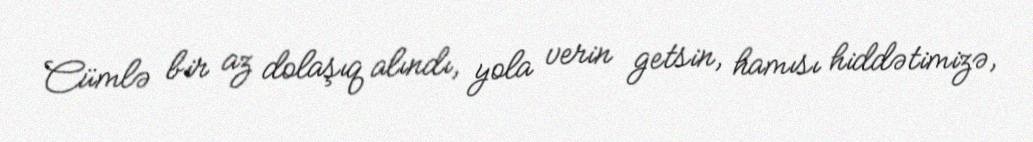
Cümlə bir az dolaşıq alındı, yola verin getsin, hamısı hiddətimizə,